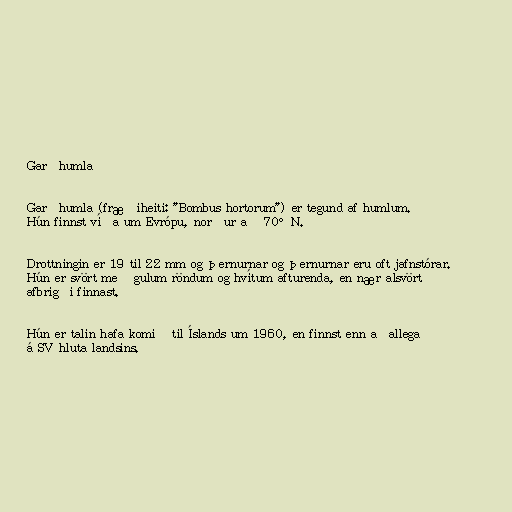
Garðhumla

Garðhumla (fræðiheiti: "Bombus hortorum") er tegund af humlum.
Hún finnst víða um Evrópu, norður að 70°N.

Drottningin er 19 til 22 mm og þernurnar og þernurnar eru oft jafnstórar.
Hún er svört með gulum röndum og hvítum afturenda, en nær alsvört
afbrigði finnast.

Hún er talin hafa komið til Íslands um 1960, en finnst enn aðallega
á SV hluta landsins.